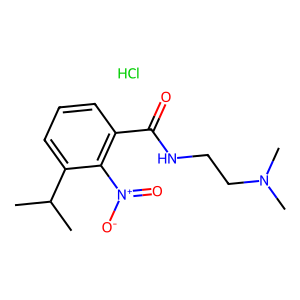
SMILES: CC(C)c1cccc(C(=O)NCCN(C)C)c1[N+](=O)[O-].Cl
Inhibits HIV replication: No